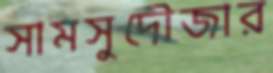
সামসুদৌজার